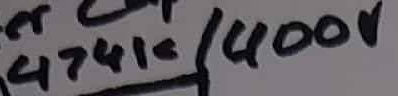
Text: 474k/400v